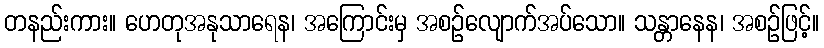
တနည်းကား။ ဟေတုအနုသာရေန၊ အကြောင်းမှ အစဉ်လျောက်အပ်သော။ သန္တာနေန၊ အစဉ်ဖြင့်။